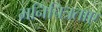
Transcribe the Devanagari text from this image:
मनिचित्रताए